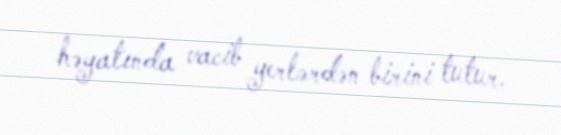
həyatında vacib yerlərdən birini tutur.